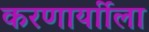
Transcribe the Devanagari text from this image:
करणार्याीला